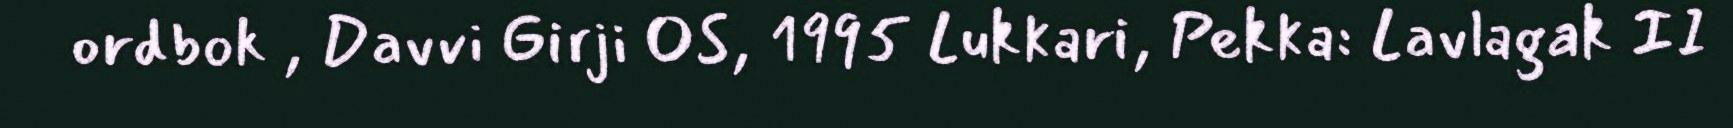
ordbok , Davvi Girji OS, 1995 Lukkari, Pekka: Lavlagak II